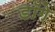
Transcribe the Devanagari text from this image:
डॉगे